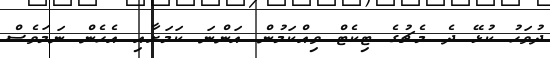
ދުވަހު ކުޅޭ ދެ މެޗުގެ ޓިކެޓް ވިއްކަމުން އަންނަ ކަމަށާއި އެހެން ނަމަވެސް